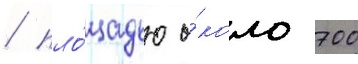
/ пло́щадью о́коло 700